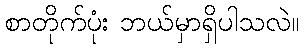
စာတိုက်ပုံး ဘယ်မှာရှိပါသလဲ။